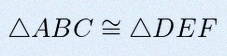
\triangle ABC\cong\triangle DEF